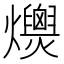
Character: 𤒾